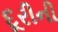
દૂરીની